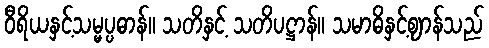
ဝီရိယနှင့်သမ္မပ္ပဓာန်။ သတိနှင့် သတိပဋ္ဌာန်။ သမာဓိနှင့်ဈာန်သည်